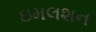
ઇમલશન